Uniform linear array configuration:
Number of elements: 8
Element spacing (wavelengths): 0.75
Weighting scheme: kaiser
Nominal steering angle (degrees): -45
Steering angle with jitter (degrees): -46.46
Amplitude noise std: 0.05
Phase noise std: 0.05

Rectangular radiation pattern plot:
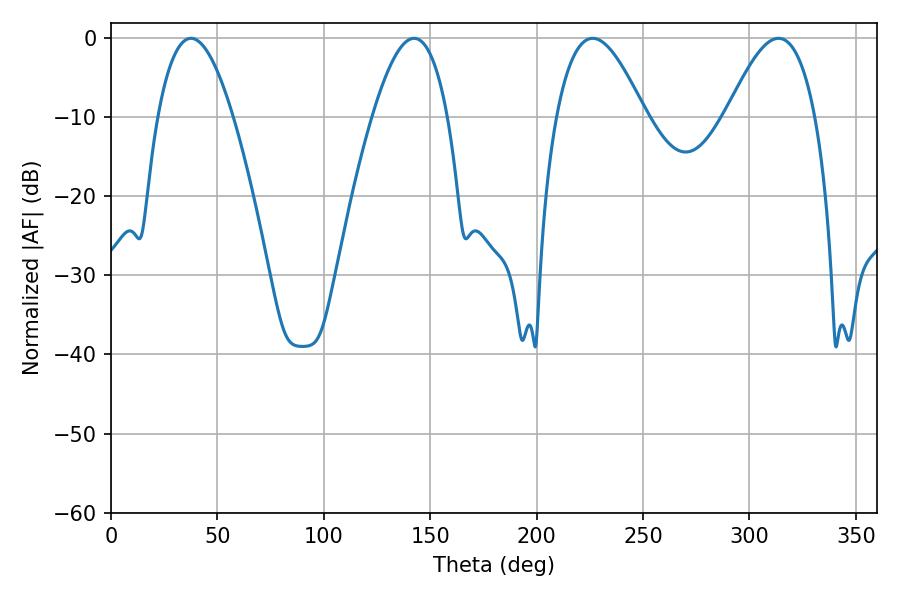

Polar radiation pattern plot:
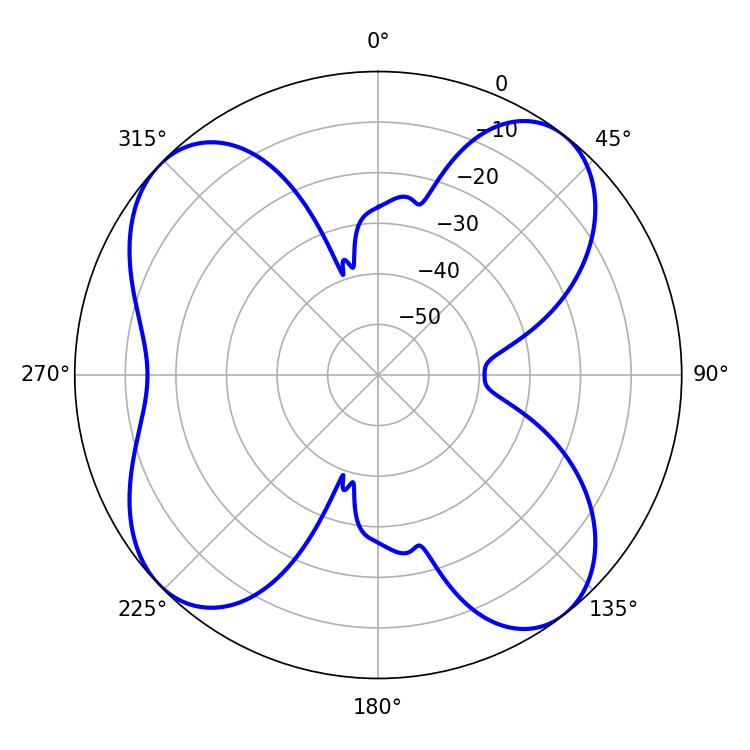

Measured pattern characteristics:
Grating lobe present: TRUE
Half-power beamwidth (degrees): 19.26
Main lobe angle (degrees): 37.62